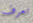
تعرف